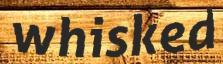
whisked